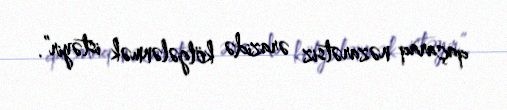
qaçaraq nəzarətsiz ərazidə kölgələnmək istəyir”.